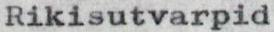
Rikisutvarpid